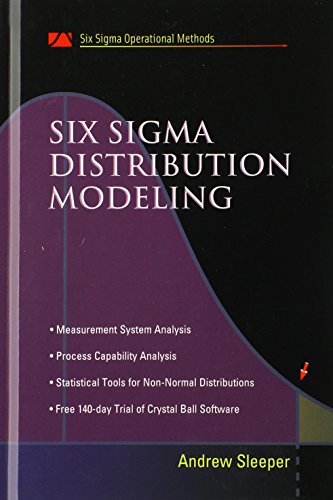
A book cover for Six Sigma Distribution Modeling; Andrew Sleeper; Business & Money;